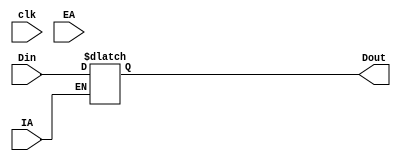
`timescale 1ns / 1ps
//////////////////////////////////////////////////////////////////////////////////
// Company: 
// Engineer: 
// 
// Design Name: 
// Module Name: acc
// Project Name: 
// Target Devices: 
// Tool Versions: 
// Description: 
// 
// Dependencies: 
// 
// Revision:
// Revision 0.01 - File Created
// Additional Comments:
// 
//////////////////////////////////////////////////////////////////////////////////


module acc(
input wire clk,
input wire IA,
input wire EA,
input wire [7:0]Din,
output wire [7:0]Dout
    );
 reg [7:0]data=0;
 reg [7:0]data_out;
 assign Dout=data;
 always @(*)
 begin
 if(!IA)
 begin
 data=Din; 
 end 
  //case({IA,EA})
  //2'b01:
  //begin data=Din; end
  //2'b10:
  //begin data_out=data; end
  //default begin data_out=0; end
  //endcase
 end
endmodule